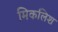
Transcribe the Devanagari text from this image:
मिकलिश